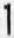
1